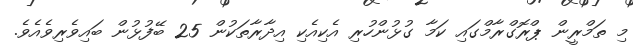
މި ތަމްރީން ޕްރޮގްރާމްގައި ކަމާ ގުޅުންހުރި އެކިއެކި އިދާރާތަކުން 25 ބޭފުޅުން ބައިވެރިވެއެވެ.